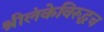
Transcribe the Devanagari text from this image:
श्रीलंकेविरूद्धच